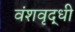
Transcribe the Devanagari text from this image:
वंशवृद्धी